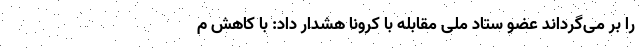
را بر می‌گرداند عضو ستاد ملی مقابله با کرونا هشدار داد: با کاهش م